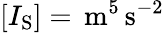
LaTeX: [I_{\mathrm{S}}]=\, \mathrm{m}^{5}\, \mathrm{s}^{-2}